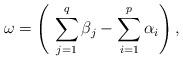
LaTeX: \begin{align*}\omega=\left(\ \sum_{j=1}^{q}\beta_{j}-\sum_{i=1}^{p}\alpha_{i}\right),\newline\end{align*}